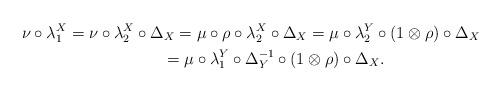
LaTeX: \begin{gather*}\nu\circ\lambda_1^X=\nu\circ\lambda_2^X\circ\Delta_X=\mu\circ\rho\circ\lambda_2^X\circ\Delta_X=\mu\circ\lambda_2^Y\circ(1\otimes\rho)\circ\Delta_X\\\phantom{\nu\circ\lambda_1^X}=\mu\circ\lambda_1^Y\circ\Delta_Y^{-1}\circ(1\otimes\rho)\circ\Delta_X.\end{gather*}